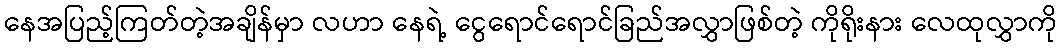
နေအပြည့်ကြတ်တဲ့အချိန်မှာ လဟာ နေရဲ့ ငွေရောင်ရောင်ခြည်အလွှာဖြစ်တဲ့ ကိုရိုးနား လေထုလွှာကို